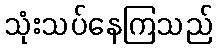
သုံးသပ်နေကြသည်